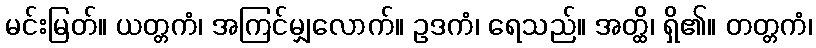
မင်းမြတ်။ ယတ္တကံ၊ အကြင်မျှလောက်။ ဥဒကံ၊ ရေသည်။ အတ္ထိ၊ ရှိ၏။ တတ္တကံ၊